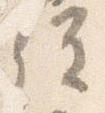
経